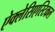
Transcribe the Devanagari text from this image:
ऐक्लेसिएस्टिकल